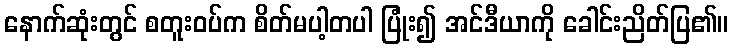
နောက်ဆုံးတွင် စတူးဝပ်က စိတ်မပါ့တပါ ပြုံး၍ အင်ဒီယာကို ခေါင်းညိတ်ပြ၏။